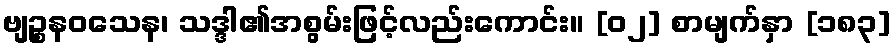
ဗျဉ္စနဝသေန၊ သဒ္ဒါ၏အစွမ်းဖြင့်လည်းကောင်း။ [၀၂] စာမျက်နှာ [၁၈၃]